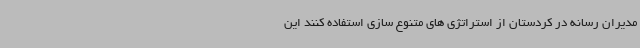
مدیران رسانه در کردستان از استراتژی های متنوع سازی استفاده کنند این